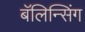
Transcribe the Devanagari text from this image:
बॅलिन्सिंग